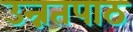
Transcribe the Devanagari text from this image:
उन्नतपाठ